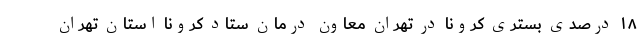
۱۸ درصدی بستری‌ کرونا در تهران معاون درمان ستاد کرونا استان تهران